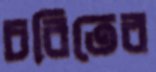
চরিতের